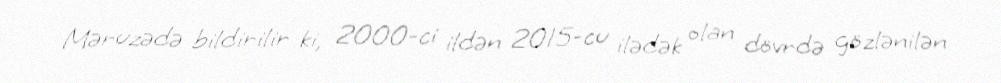
Məruzədə bildirilir ki, 2000-ci ildən 2015-cu ilədək olan dövrdə gözlənilən